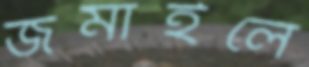
জমাইলে